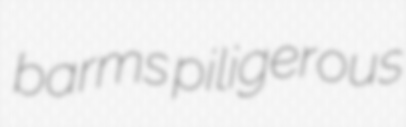
barms piligerous